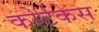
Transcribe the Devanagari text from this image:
कोर्टकेस